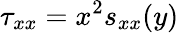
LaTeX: \tau_{xx}=x^{2}s_{xx}(y)